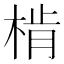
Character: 𣔨